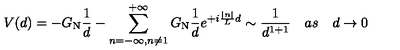
V ( d ) = - G _ { \mathrm { N } } { \frac { 1 } { d } } - \sum _ { n = - \infty , n \not = 1 } ^ { + \infty } G _ { \mathrm { N } } { \frac { 1 } { d } } e ^ { + i { \frac { | n | } { L } } d } \sim { \frac { 1 } { d ^ { 1 + 1 } } } \quad a s \quad d \rightarrow 0